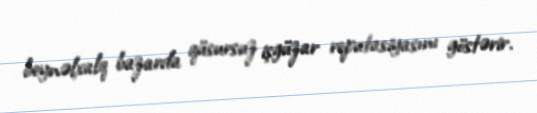
beynəlxalq bazarda qüsursuz işgüzar reputasiyasını göstərir.